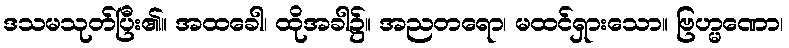
ဒသမသုတ်ပြီး၏။ အထခေါ၊ ထိုအခါ၌။ အညတရော၊ မထင်ရှားသော။ ဗြဟ္မဏော၊